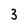
Character: 3